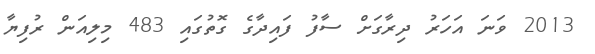
2013 ވަނަ އަހަރު ދިރާގަށް ސާފު ފައިދާގެ ގޮތުގައި 483 މިލިއަން ރުފިޔާ